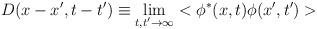
\begin{align*}D(x-x',t-t') \equiv \lim _{t,t' \rightarrow \infty} <\phi ^* (x,t) \phi (x',t') >\end{align*}